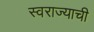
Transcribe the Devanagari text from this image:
स्‍वराज्याची